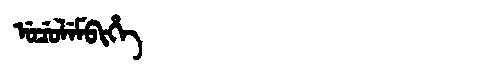
Manchu: ᡠᠴᡠᠯᡝᠮᠪᡳᡥᡝ
Romanization: UCULEMBIHE